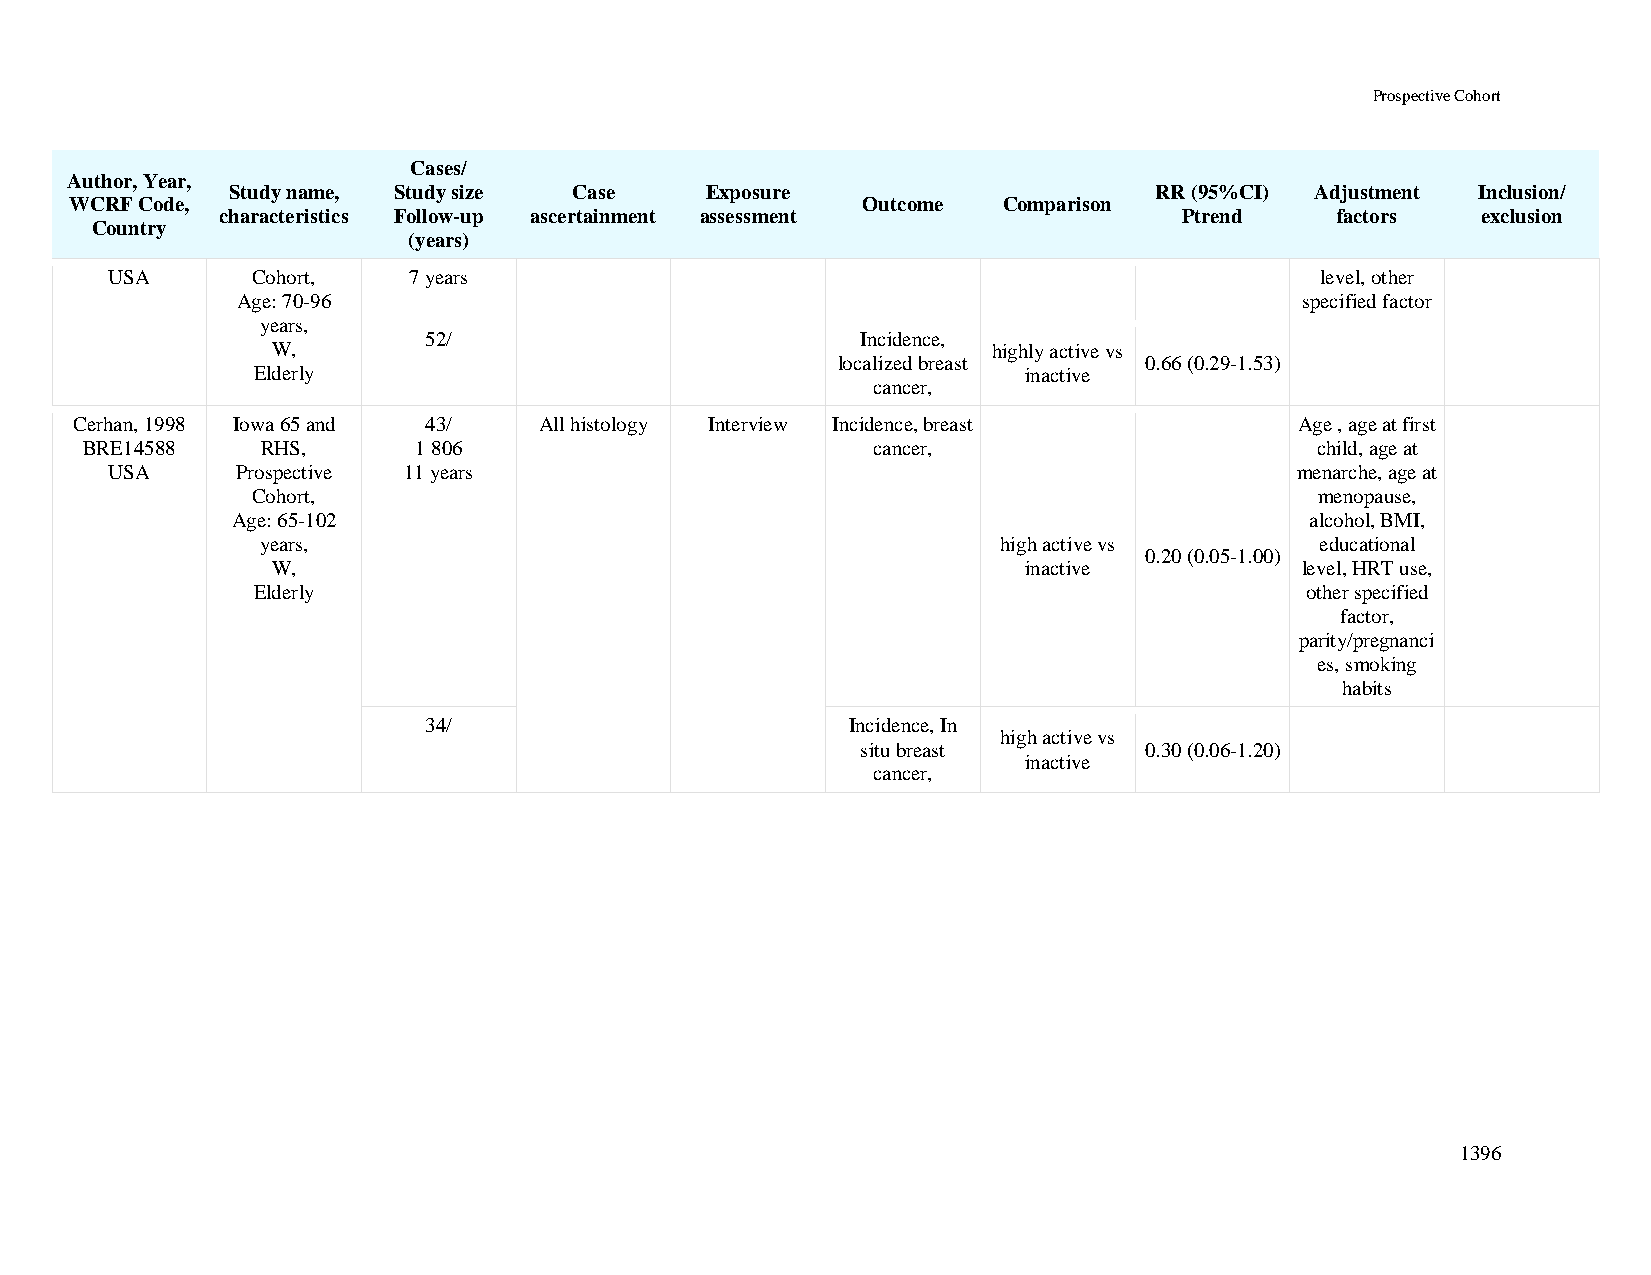
Prospective Cohort
 Cases/
 Author, Year,
 Study name, Study size Case     Exposure                     RR (95%CI) Adjustment Inclusion/
 WCRF Code,                                          Outcome  Comparison
 characteristics Follow-up ascertainment assessment             Ptrend    factors   exclusion
 Country
 (years)
 USA       Cohort,   7 years                                                     level, other
 Age: 70-96                                                            specified factor
 years,
 52/                          Incidence,
 W,                                              highly active vs
 localized breast     0.66 (0.29-1.53)
 Elderly                                            inactive
 cancer,
 Cerhan, 1998 Iowa 65 and 43/   All histology Interview Incidence, breast         Age , age at first
 BRE14588    RHS,      1 806                          cancer,                      child, age at
 USA      Prospective 11 years                                                  menarche, age at
 Cohort,                                                               menopause,
 Age: 65-102                                                             alcohol, BMI,
 years,                                           high active vs       educational
 0.20 (0.05-1.00)
 W,                                                inactive          level, HRT use,
 Elderly                                                              other specified
 factor,
 parity/pregnanci
 es, smoking
 habits
 34/                         Incidence, In
 high active vs
 situ breast        0.30 (0.06-1.20)
 inactive
 cancer,
 1396